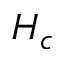
H _ { c }